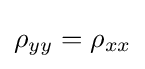
\rho _{yy}=\rho _{xx}